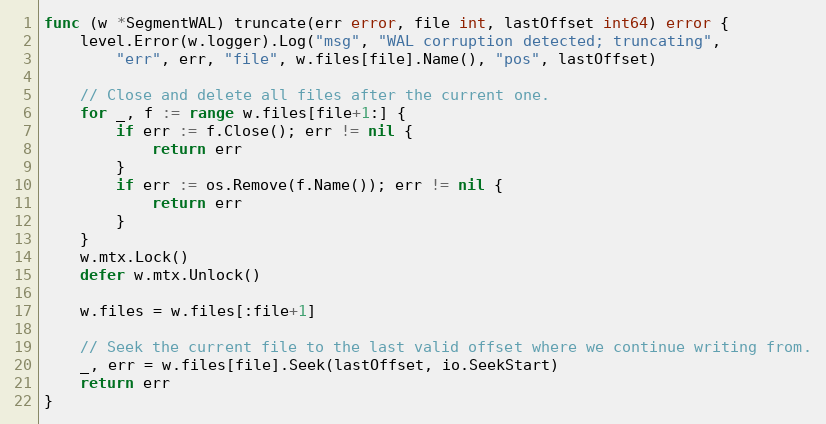
Language: Go
func (w *SegmentWAL) truncate(err error, file int, lastOffset int64) error {
	level.Error(w.logger).Log("msg", "WAL corruption detected; truncating",
		"err", err, "file", w.files[file].Name(), "pos", lastOffset)

	// Close and delete all files after the current one.
	for _, f := range w.files[file+1:] {
		if err := f.Close(); err != nil {
			return err
		}
		if err := os.Remove(f.Name()); err != nil {
			return err
		}
	}
	w.mtx.Lock()
	defer w.mtx.Unlock()

	w.files = w.files[:file+1]

	// Seek the current file to the last valid offset where we continue writing from.
	_, err = w.files[file].Seek(lastOffset, io.SeekStart)
	return err
}